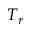
T _ { r }